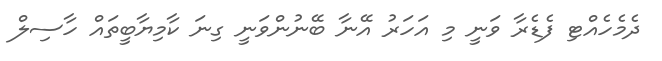
ދެމެހެއްޓި ފެޑެރާ ވަނީ މި އަހަރު އޭނާ ބޭނުންވަނީ ގިނަ ކާމިޔާބީތައް ހާސިލް